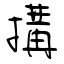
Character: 搆